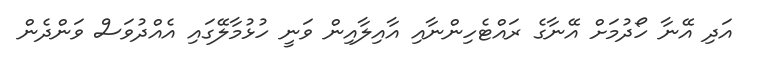
އަދި އޭނާ ހޯދުމަށް އޭނާގެ ރައްޓެހިންނާއި އާއިލާއިން ވަނީ ހުޅުމާލޭގައި އެއްދުވަސް ވަންދެން